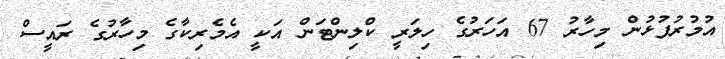
އުމުރުފުޅުން މިހާރު 67 އަހަރުގެ ހިލަރީ ކްލިންޓަން އަކީ އެމެރިކާގެ މިހާރުގެ ރައީސް